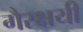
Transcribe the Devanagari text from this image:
गैरक्षयी